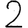
Digit: 2